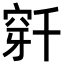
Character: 𬔌